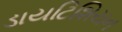
ડાયટિશિયન